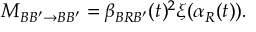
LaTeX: { \cal M } _ { B B ^ { \prime } \to B B ^ { \prime } } = \beta _ { B R B ^ { \prime } } ( t ) ^ { 2 } \xi ( \alpha _ { R } ( t ) ) .